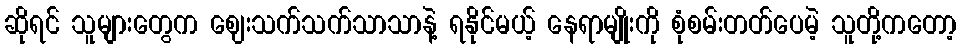
ဆိုရင် သူများတွေက ဈေးသက်သက်သာသာနဲ့ ရနိုင်မယ့် နေရာမျိုးကို စုံစမ်းတတ်ပေမဲ့ သူတို့ကတော့